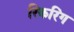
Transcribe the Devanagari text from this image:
रिकरिंग